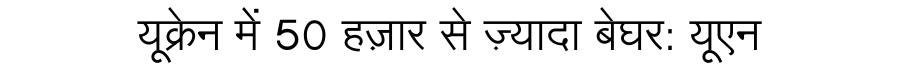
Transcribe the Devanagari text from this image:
यूक्रेन में 50 हज़ार से ज़्यादा बेघर: यूएन